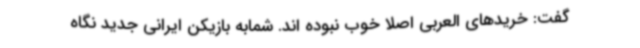
گفت: خریدهای العربی اصلا خوب نبوده اند. شمابه بازیکن ایرانی جدید نگاه